Revision of Machinery of Youth Service Scheme, 1942
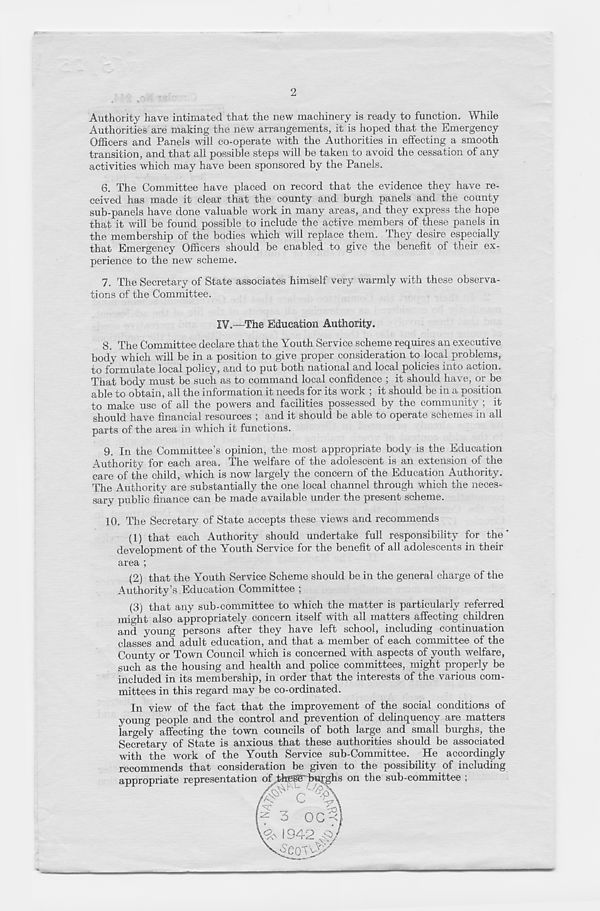
2
Authority have intimated that the new machinery is ready to function. While
Authorities are making the new arrangements, it is hoped that the Emergency
Officers and Panels will co-operate with the Authorities in effecting a smooth
transition, and that all possible steps will be taken to avoid the cessation of any
activities which may have been sponsored by the Panels.
6. The Committee have placed on record that the evidence they have re-
ceived has made it clear that the county and burgh panels and the county
sub-panels have done valuable work in many areas, and they express the hope
that it will be found possible to include the active members of these panels in
the membership of the bodies which will replace them. They desire especially
that Emergency Officers should be enabled to give the benefit of their ex-
perience to the new scheme.
7. The Secretary of State associates himself very warmly with these observa-
tions of the Committee.
IV.—The Education Authority.
8. The Committee declare that the Youth Service scheme requires an executive
body which will be in a position to give proper consideration to local problems,
to formulate local policy, and to put both national and local policies into action.
That body must be such as to command local confidence ; it should have, or be
able to obtain, all the information it needs for its work ; it should be in a position
to make use of all the powers and facilities possessed by the community ; it
should have financial resources ; and it should be able to operate schemes in all
parts of the area in which it functions.
9. In the Committee’s opinion, the most appropriate body is the Education
Authority for each area. The welfare of the adolescent is an extension of the
care of the child, which is now largely the concern of the Education Authority.
The Authority are substantially the one local channel through which the neces-
sary public finance can be made available under the present scheme.
10. The Secretary of State accepts these views and recommends
(1) that each Authority should undertake full responsibility for the'
development of the Youth Service for the benefit of all adolescents in their
area ;
(2) that the Youth Service Scheme should be in the general charge of the
Authority’s Education Committee ;
(3) that any sub-committee to which the matter is particularly referred
might also appropriately concern itself with all matters affecting children
and young persons after they have left school) including continuation
classes and adult education, and that a member of each committee of the
County or Town Council which is concerned with aspects of youth welfare,
such as the housing and health and police committees, might properly be
included in its membership, in order that the interests of the various com-
mittees in this regard may be co-ordinated.
In view of the fact that the improvement of the social conditions of
young people and the control and prevention of delinquency are matters
largely affecting the town councils of both large and small burghs, the
Secretary of State is anxious that these authorities should be associated
with the work of the Youth Service sub-Committee. He accordingly
recommends that consideration be given to the possibility of including